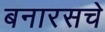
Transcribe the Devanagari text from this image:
बनारसचे